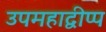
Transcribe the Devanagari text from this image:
उपमहाद्वीप्प